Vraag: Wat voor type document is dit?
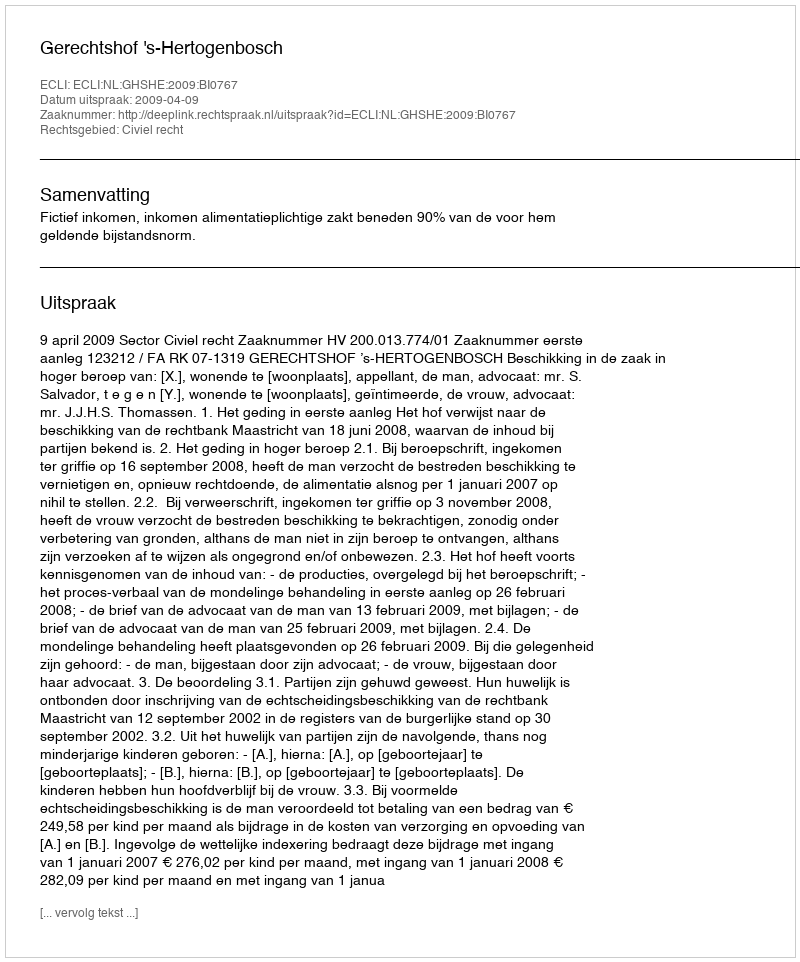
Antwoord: Uitspraak